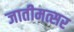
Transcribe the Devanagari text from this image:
जातीमत्सर